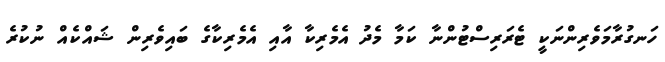
ހަނގުރާމަވެރިންނަކީ ޓެރަރިސްޓުންނާ ކަމާ މެދު އެމެރިކާ އާއި އެމެރިކާގެ ބައިވެރިން ޝައްކެއް ނުކުރެ